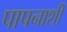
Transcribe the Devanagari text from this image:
पापनाशी